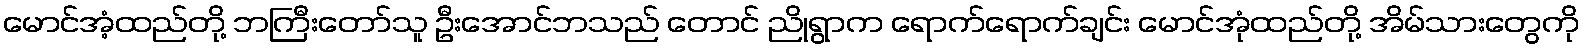
မောင်အံ့ထည်တို့ ဘကြီးတော်သူ ဦးအောင်ဘသည် တောင် ညိုရွာက ရောက်ရောက်ချင်း မောင်အုံထည်တို့ အိမ်သားတွေကို